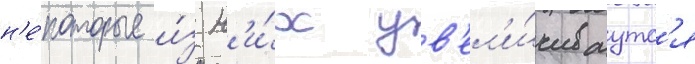
н'е́которые и́з н'и́х ув'ел'и́чиваутс'я